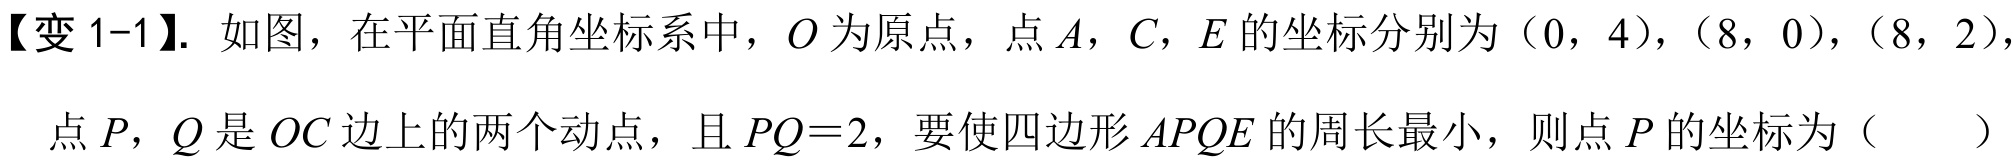
【变1-1】. 如图，在平面直角坐标系中，\(O\)为原点，点\(A\)，\(C\)，\(E\)的坐标分别为\((0,4)\)，\((8,0)\)，\((8,2)\)，点\(P\)，\(Q\)是\(OC\)边上的两个动点，且\(PQ = 2\)，要使四边形\(APQE\)的周长最小，则点\(P\)的坐标为（  ）